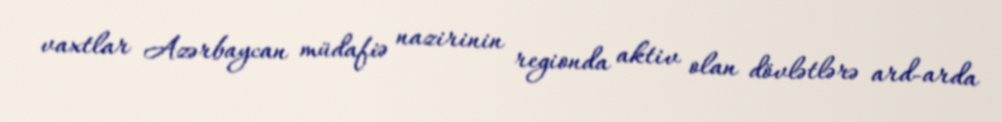
vaxtlar Azərbaycan müdafiə nazirinin regionda aktiv olan dövlətlərə ard-arda